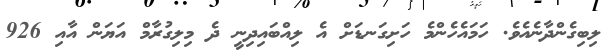
ލިބިގެންދާނެއެވެ. ހަމައެހެންމެ ހަށިގަނޑަށް އެ ލިއްބައިދިނީ ދެ މިލިގުރާމް އަޔަން އާއި 926